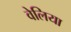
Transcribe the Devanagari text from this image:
वेलिया